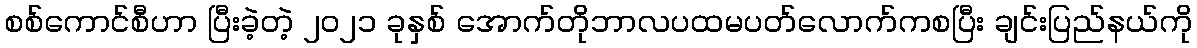
စစ်ကောင်စီဟာ ပြီးခဲ့တဲ့ ၂၀၂၁ ခုနှစ် အောက်တိုဘာလပထမပတ်လောက်ကစပြီး ချင်းပြည်နယ်ကို